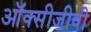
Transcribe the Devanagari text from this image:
ऑक्सीजीवी